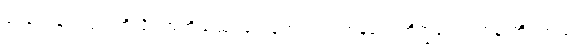
ဒေဝေ၊ နတ်ပြည်တို့သို့။ အဘိယံသု၊ ရှေးရှုတက်လာကုန်၏။ ဘိက္ခဝေ၊ ရဟန်းတို့။ အထ